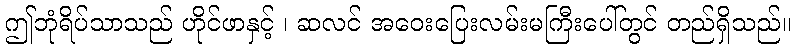
ဤဘုံရိပ်သာသည် ဟိုင်ဖာနှင့် ၊ ဆလင် အဝေးပြေးလမ်းမကြီးပေါ်တွင် တည်ရှိသည်။